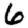
Digit: 6